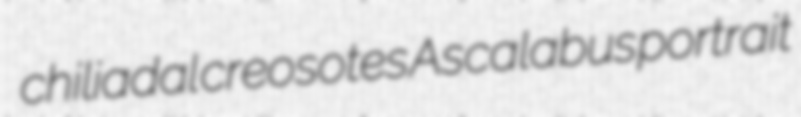
chiliadal creosotes Ascalabus portrait